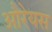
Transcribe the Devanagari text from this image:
औरेयस